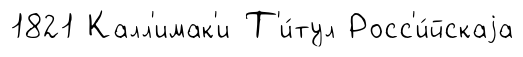
1821 Калл'имак'и Т'и́тул Росс'и́йскаjа